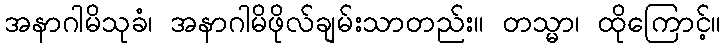
အနာဂါမိသုခံ၊ အနာဂါမိဖိုလ်ချမ်းသာတည်း။ တသ္မာ၊ ထိုကြောင့်။